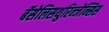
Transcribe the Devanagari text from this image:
बॅसेलिसथुरिन्जेन्सिस